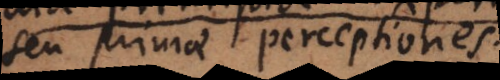
seu primae perceptiones